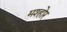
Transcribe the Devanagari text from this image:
मश्होर